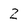
Character: 2